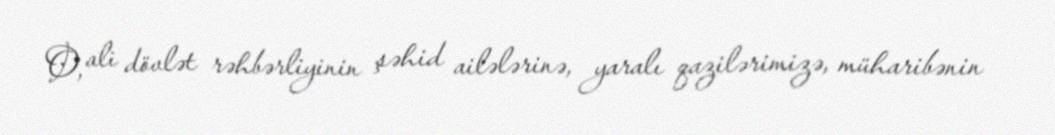
O, ali dövlət rəhbərliyinin şəhid ailələrinə, yaralı qazilərimizə, müharibənin